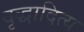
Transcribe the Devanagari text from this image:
वृद्धादित्य